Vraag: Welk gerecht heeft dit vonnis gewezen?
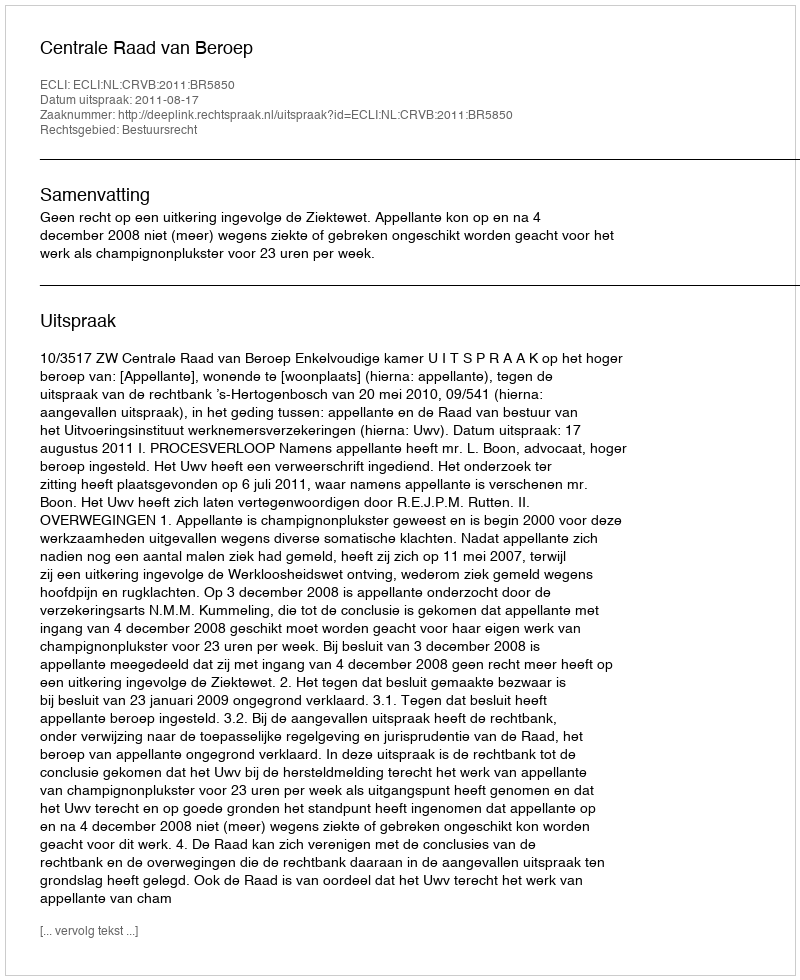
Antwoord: Centrale Raad van Beroep